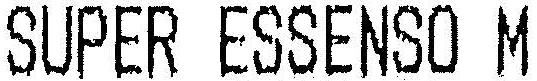
SUPER ESSENSO M